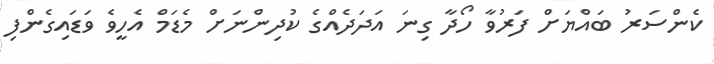
ކެންސަރު ބައްޔަށް ފަރުވާ ހޯދާ ގިނަ އަދަދެއްގެ ކުދިންނަށް މެޑަމް އެހީވެ ވަޑައިގެންފި